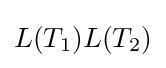
L(T_{1})L(T_{2})